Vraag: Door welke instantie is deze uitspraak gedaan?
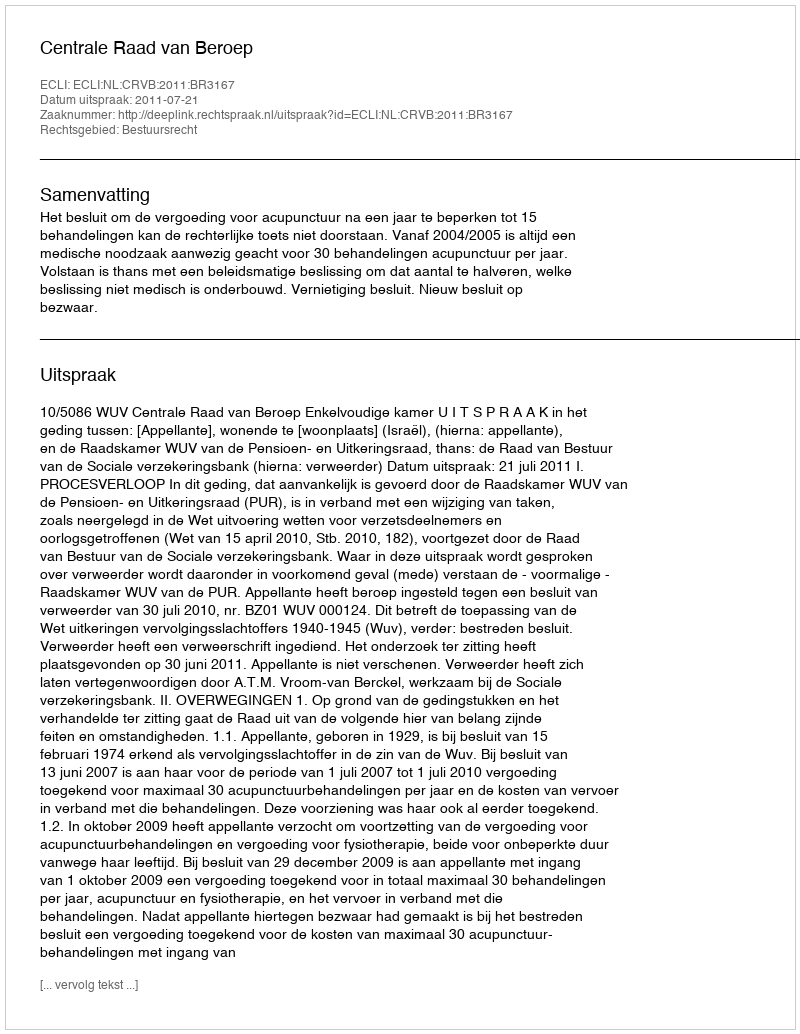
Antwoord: Centrale Raad van Beroep